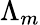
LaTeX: \Lambda_{m}